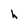
Character: h